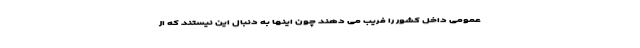
عمومی داخل کشور را فریب می دهند چون اینها به دنبال این نیستند که از